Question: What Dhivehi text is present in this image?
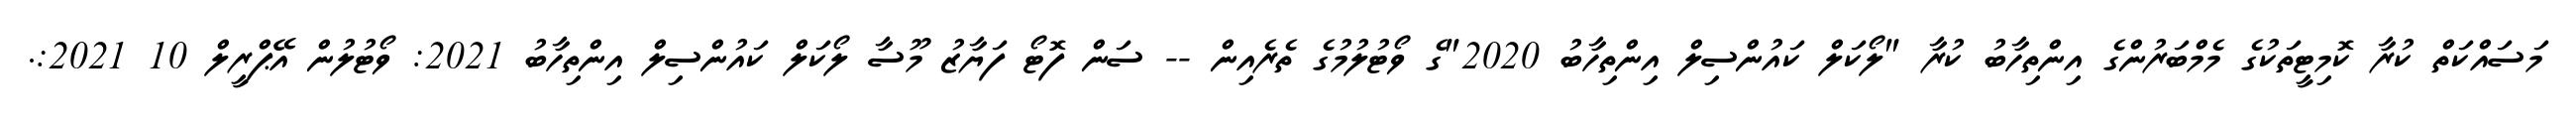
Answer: މަސައްކަތް ކުރާ ކޮމިޓީތަކުގެ މެމްބަރުންގެ އިންތިހާބު ކުރާ "ލޯކަލް ކައުންސިލް އިންތިހާބު 2020"ގެ ވޯޓުލުމުގެ ތެރެއިން -- ސަން ފޮޓޯ ފަޔާޒު މޫސާ ލޯކަލް ކައުންސިލް އިންތިހާބު 2021: ވޯޓުލުން އޭޕްރީލް 10 2021:.